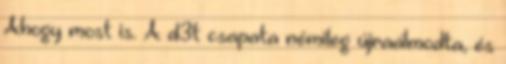
Ahogy most is. A d3t csapata némileg újraálmodta, és